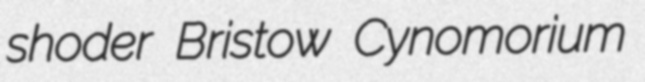
shoder Bristow Cynomorium